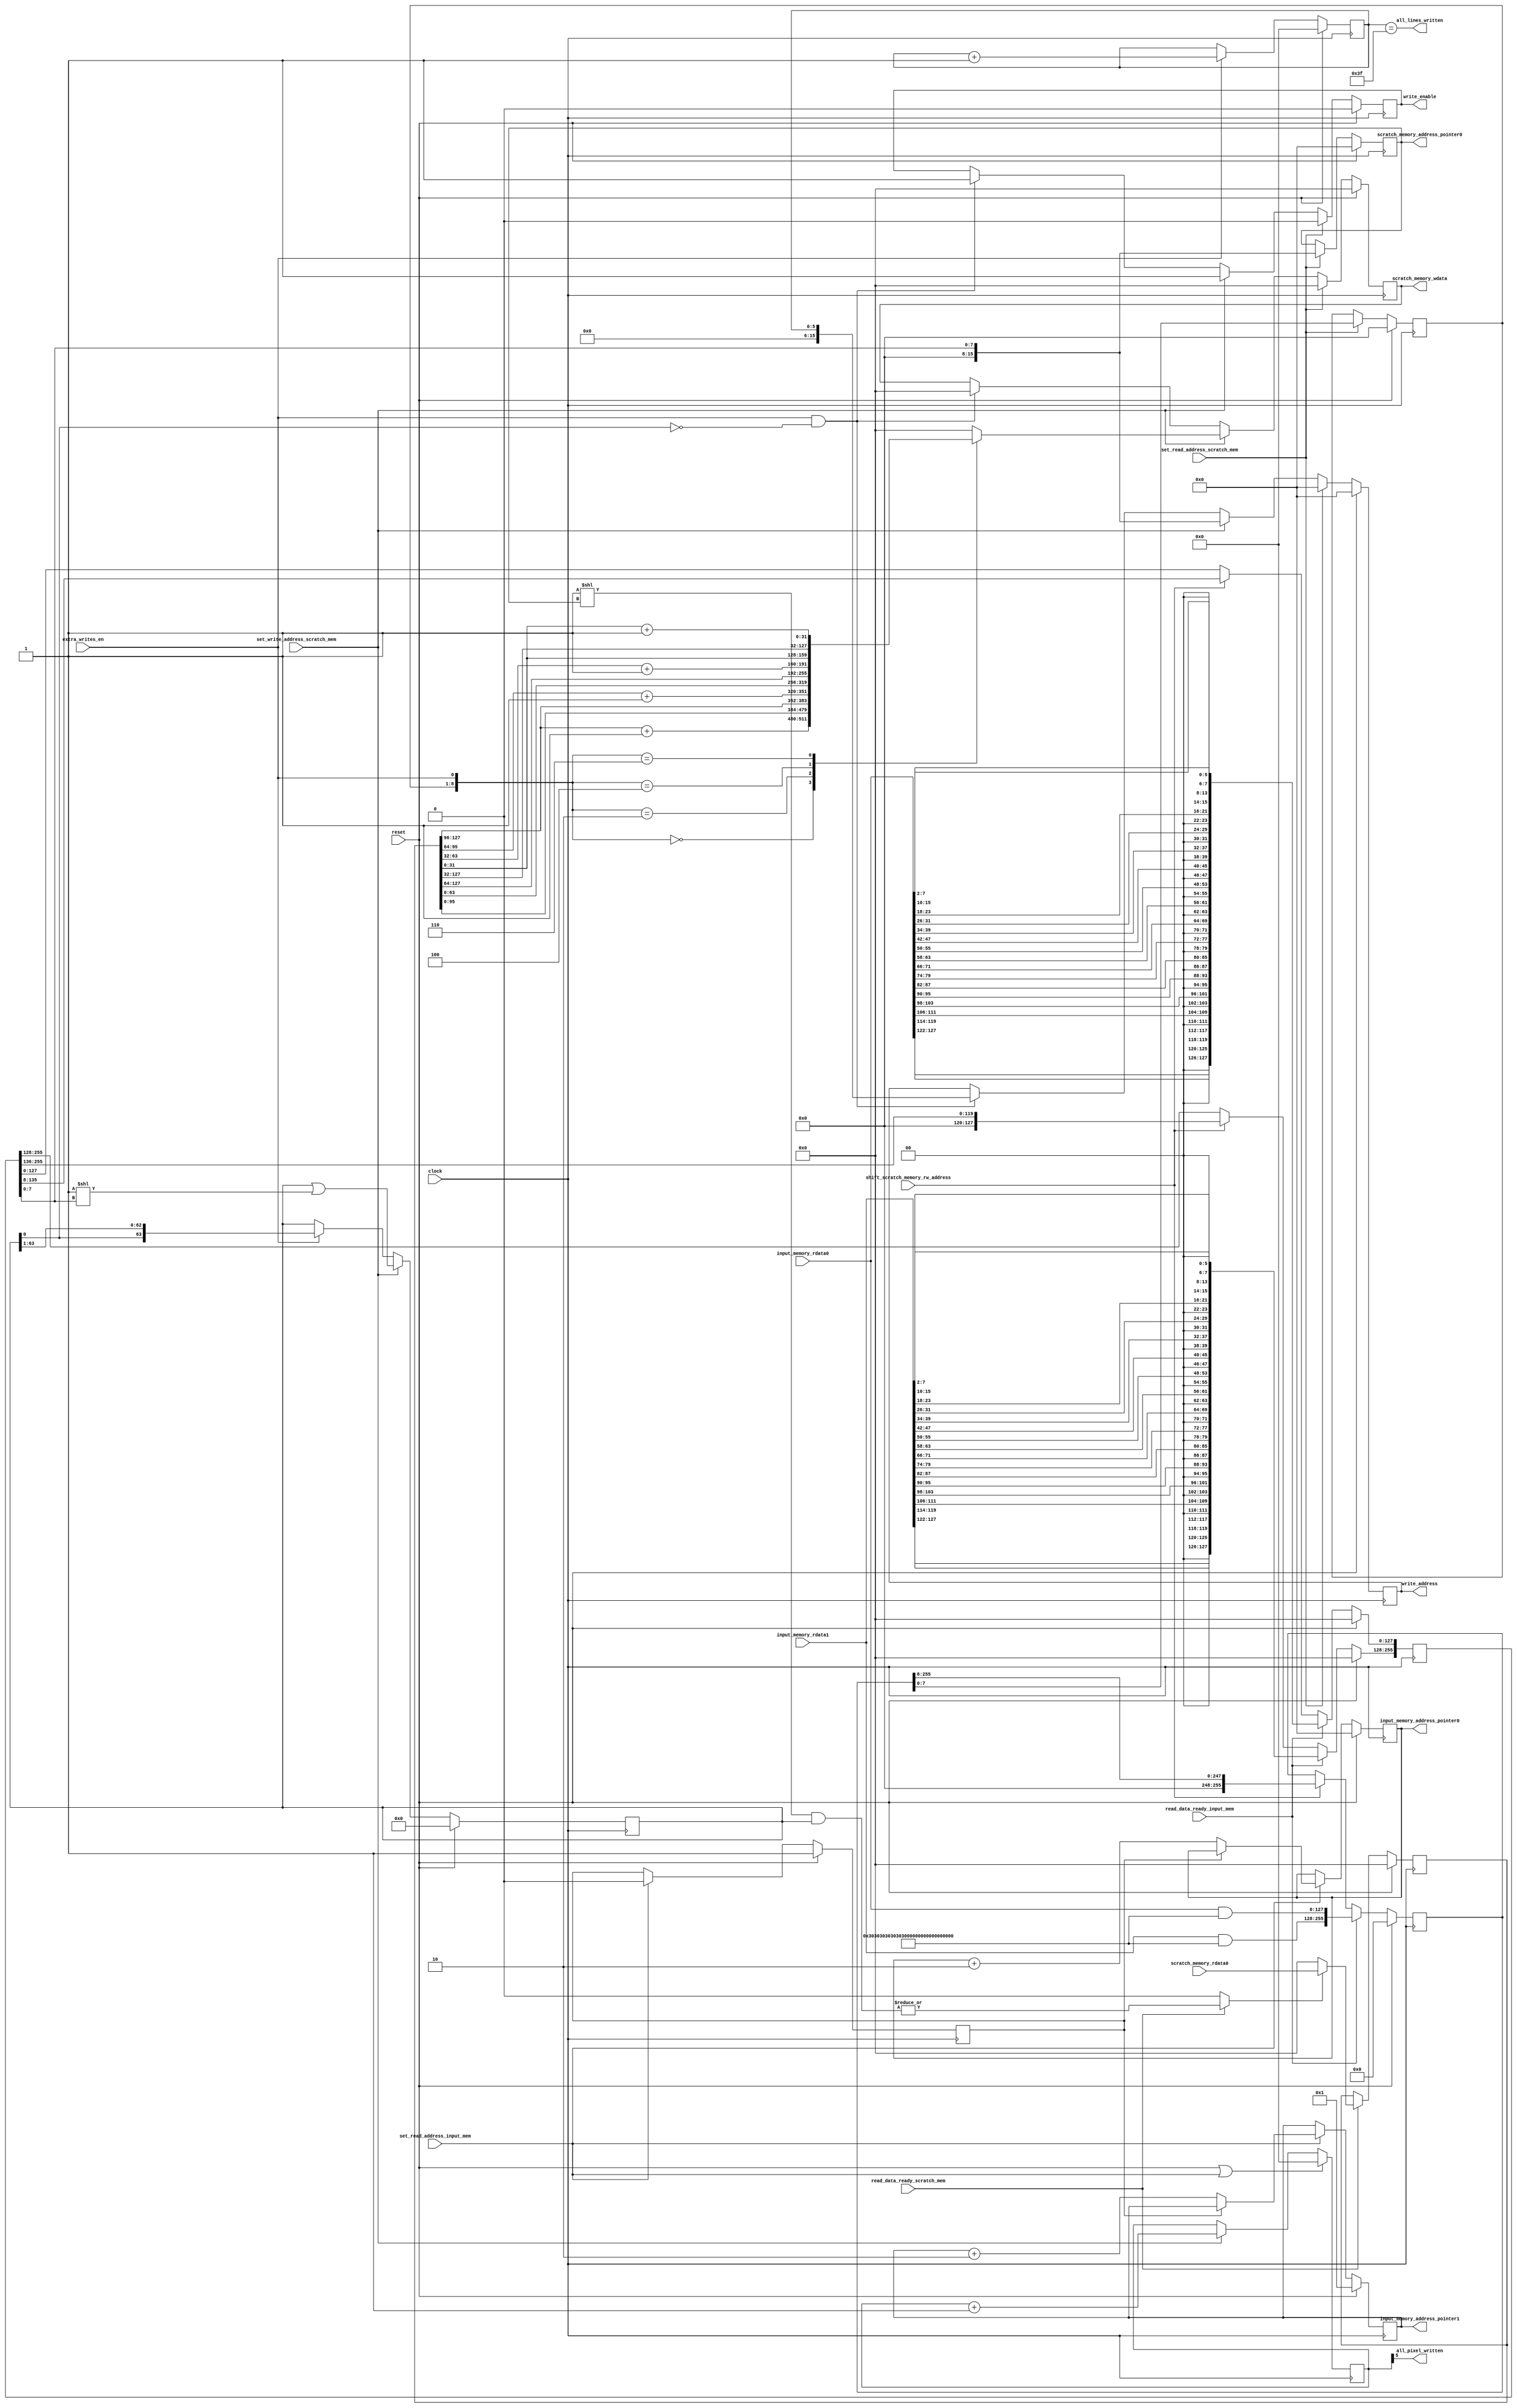
module histogram_data_path
(

input clock, 
input reset, 

//memory interfaces inputs
input  [127:0] input_memory_rdata0, 
input  [127:0] input_memory_rdata1, 
input  [127:0] scratch_memory_rdata0, 

//memory interfaces outputs
output reg [15:0]  input_memory_address_pointer0, 
output reg [15:0]  input_memory_address_pointer1, 
output reg [15:0]  scratch_memory_address_pointer0,  
output reg write_enable, 
output reg [127:0] scratch_memory_wdata, 
output reg [15:0]  write_address, 
output all_lines_written,

//control interface inputs
input set_read_address_input_mem, 
input set_read_address_scratch_mem, 
input set_write_address_scratch_mem, 
input shift_scratch_memory_rw_address, 
input read_data_ready_input_mem, 
input read_data_ready_scratch_mem,  
input extra_writes_en,

//control interface outputs
output all_pixel_written  

); 


reg first_time ; 
reg [7:0] offset ; 
reg [5:0] counter ; 
reg [255:0] scratch_memory_rw_address ; 
reg [255:0] offset_reg ; 
reg [127:0] local_scratch_memory_data ; 
reg [127:0] wdata ; 
reg [5:0]   has_nz_data_counter;
reg [63:0] has_nz_data;

wire scratch_memory_read_out_data_is_not_x ; 
wire temp; 


//address pointer logic for input_memory read
always@(posedge clock)
begin
    if(reset)
    begin
        input_memory_address_pointer0 <= 16'b0;
        input_memory_address_pointer1 <= 16'b1;
        first_time <= 1'b1; 
    end
    else
    begin
        if(set_read_address_input_mem)
        begin
            if(!first_time)
            begin
            input_memory_address_pointer0 <= input_memory_address_pointer0 + 16'd2;  
            input_memory_address_pointer1 <= input_memory_address_pointer1 + 16'd2;  
            end
            first_time <= 1'b0; 
        end
    end

end


//address pointer logic for scratch_memory read
always@(posedge clock)
begin
    if(reset)
    begin
        scratch_memory_address_pointer0 <= 16'b0;
        offset <= 8'b0;
    end

    else
    begin
        if(set_read_address_scratch_mem)
        begin
            scratch_memory_address_pointer0 <= {8'b0, scratch_memory_rw_address[7:0]};
        //  offset  <= {8'b0, offset_reg[7:0]}; //commented out for lint 
            offset  <=  offset_reg[7:0]; 
        end
    end
end


assign all_pixel_written = counter[5];  

//pixel process counter
always@(posedge clock)
begin
    if(reset | set_read_address_input_mem)
    begin
        counter <= 6'b0; 
    end
    else if(set_write_address_scratch_mem)
    begin
            counter <= counter + 1;  
    end
end

//get offset_reg
always@(posedge clock)
begin
    if(reset)
    begin
        offset_reg  <= 256'b0;  
    end
    else if(read_data_ready_input_mem) 
    begin 
        offset_reg <= {{input_memory_rdata1 & 128'h03030303_03030303_03030303_03030303}, {input_memory_rdata0 & 128'h03030303_03030303_03030303_03030303} }; 
    end
    else if(shift_scratch_memory_rw_address)
    begin
        offset_reg                <= (offset_reg >> 8); 
    end
end

//Get bin address for scratch rw. 
always@(posedge clock) 
begin
    if(reset)
    begin
        scratch_memory_rw_address <= 256'b0;  
    end
    else if(read_data_ready_input_mem) 
    begin 
        scratch_memory_rw_address[255:128] <= {input_memory_rdata1[127:120] >> 2,
                                               input_memory_rdata1[119:112] >> 2, 
                                               input_memory_rdata1[111:104] >> 2, 
                                               input_memory_rdata1[103: 96] >> 2, 
                                               input_memory_rdata1[95 : 88] >> 2, 
                                               input_memory_rdata1[87 : 80] >> 2, 
                                               input_memory_rdata1[79 : 72] >> 2, 
                                               input_memory_rdata1[71 : 64] >> 2, 
                                               input_memory_rdata1[63 : 56] >> 2, 
                                               input_memory_rdata1[55 : 48] >> 2, 
                                               input_memory_rdata1[47 : 40] >> 2, 
                                               input_memory_rdata1[39 : 32] >> 2, 
                                               input_memory_rdata1[31 : 24] >> 2, 
                                               input_memory_rdata1[23 : 16] >> 2, 
                                               input_memory_rdata1[15 :  8] >> 2, 
                                               input_memory_rdata1[ 7 :  0] >> 2  
                                               };

        scratch_memory_rw_address[127:  0] <= {input_memory_rdata0[127:120] >> 2,
                                               input_memory_rdata0[119:112] >> 2, 
                                               input_memory_rdata0[111:104] >> 2, 
                                               input_memory_rdata0[103: 96] >> 2, 
                                               input_memory_rdata0[95 : 88] >> 2, 
                                               input_memory_rdata0[87 : 80] >> 2, 
                                               input_memory_rdata0[79 : 72] >> 2, 
                                               input_memory_rdata0[71 : 64] >> 2, 
                                               input_memory_rdata0[63 : 56] >> 2, 
                                               input_memory_rdata0[55 : 48] >> 2, 
                                               input_memory_rdata0[47 : 40] >> 2, 
                                               input_memory_rdata0[39 : 32] >> 2, 
                                               input_memory_rdata0[31 : 24] >> 2, 
                                               input_memory_rdata0[23 : 16] >> 2, 
                                               input_memory_rdata0[15 :  8] >> 2, 
                                               input_memory_rdata0[ 7 :  0] >> 2  
                                               };
    end    
    else if(shift_scratch_memory_rw_address)
    begin
        scratch_memory_rw_address <= (scratch_memory_rw_address >> 8); 
    end 
end 

assign temp = |(1 << scratch_memory_address_pointer0 & has_nz_data); 
assign scratch_memory_read_out_data_is_not_x = (read_data_ready_scratch_mem) ? |(1<< scratch_memory_address_pointer0 & has_nz_data) : 1'b0;  

//read from scratch memory
always@(posedge clock) 
begin
    if(reset)
    begin
        local_scratch_memory_data <= 128'b0;  
    end
    else if(read_data_ready_scratch_mem)
    begin
        if(scratch_memory_read_out_data_is_not_x)
        begin
            local_scratch_memory_data <= scratch_memory_rdata0; 
        end
        else
        begin
            local_scratch_memory_data <= 128'b0; 
        end
    end     
end 

reg [32:0] a,b,c,d; 
always@(*) 
begin
  //a = scratch_memory_rdata[127:96] + 1'b1; 
  //b = scratch_memory_rdata[95:64]  + 1'b1; 
  //c = scratch_memory_rdata[63:31]  + 1'b1;   
  //d = scratch_memory_rdata[31: 0]  + 1'b1;   

    case({offset,extra_writes_en})
    9'bxxxxxxxx_1 : wdata = 128'b0;  
    9'b00000000_0 : wdata = {{local_scratch_memory_data[127:96] + 1'b1} , local_scratch_memory_data[95:0]};
    9'b00000001_0 : wdata = {local_scratch_memory_data[127:96], {local_scratch_memory_data[95:64] + 1'b1}, local_scratch_memory_data[63:0]};  
    9'b00000010_0 : wdata = {local_scratch_memory_data[127:64], {local_scratch_memory_data[63:32] + 1'b1}, local_scratch_memory_data[31:0]}; 
    9'b00000011_0 : wdata = {local_scratch_memory_data[127:32], {local_scratch_memory_data[31: 0] + 1'b1} };  

    default : wdata = 128'b0; //scratch_memory_rdata0; 
    endcase
end

//local_scratch_rdata process and write
always@(posedge clock) 
begin
    if(reset)
    begin
        write_enable            <= 1'b0; 
        scratch_memory_wdata    <= 128'b0;  
        write_address           <= 16'b0;  
    end
    else if(set_read_address_scratch_mem)
    begin
        write_enable <= 1'b0; 
        scratch_memory_wdata    <= 128'b0;  
        write_address           <= 16'b0;  
    end 

    else if(set_write_address_scratch_mem)
    begin
        write_enable            <= 1'b1; 
        scratch_memory_wdata    <= wdata;  
        write_address           <= {8'b0, scratch_memory_rw_address[7:0]};  
    end
    else if (extra_writes_en && !has_nz_data[0])
    begin
        write_enable            <= 1'b1; 
        scratch_memory_wdata    <= 128'b0;  
        write_address           <= has_nz_data_counter; 
    end
end

always@(posedge clock)
begin
    if(reset)
    begin
        has_nz_data <= 64'b0; 
    end
    else if(set_write_address_scratch_mem)
    begin
        has_nz_data <= has_nz_data | (1<<scratch_memory_rw_address[7:0]); 
    end
    else if(extra_writes_en)
    begin
        has_nz_data <= {has_nz_data,has_nz_data} >> 1; 
    end
end

always@(posedge clock)
begin
    if(reset)
    begin
        has_nz_data_counter <= 6'b0; 
    end
    else if(extra_writes_en)
    begin
        has_nz_data_counter <= has_nz_data_counter + 1'b1; 
    end
end

assign all_lines_written = (has_nz_data_counter==6'd63);
endmodule